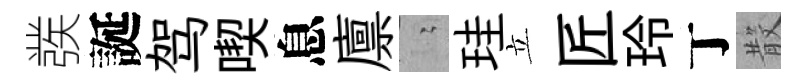
彂誕驾喫息廪隐珪立匠玲丁𣪚